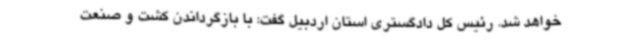
خواهد شد. رئیس کل دادگستری استان اردبیل گفت: با بازگرداندن کشت و صنعت